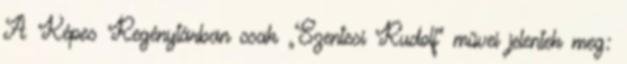
A Képes Regénytárban csak „Szentesi Rudolf” művei jelentek meg: